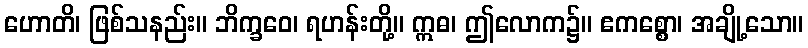
ဟောတိ၊ ဖြစ်သနည်း။ ဘိက္ခဝေ၊ ရဟန်းတို့။ ဣဓ၊ ဤလောက၌။ ဧကစ္စော၊ အချို့သော။